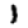
Digit: 1